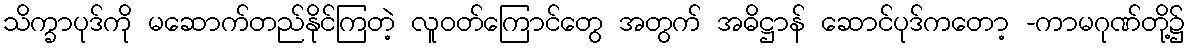
သိက္ခာပုဒ်ကို မဆောက်တည်နိုင်ကြတဲ့ လူဝတ်ကြောင်တွေ အတွက် အဓိဋ္ဌာန် ဆောင်ပုဒ်ကတော့ -ကာမဂုဏ်တို့၌